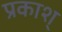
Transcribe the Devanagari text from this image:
प्रकाश्